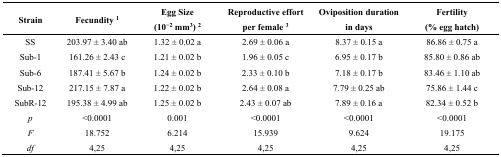
<table><thead><tr><td><b>Strain</b></td><td><b>Fecundity <sup>1</sup></b></td><td><b>Egg Size (10<sup>−2</sup> mm<sup>3</sup>) <sup>2</sup></b></td><td><b>Reproductive effort per female <sup>3</sup></b></td><td><b>Oviposition duration in days</b></td><td><b>Fertility (% egg hatch)</b></td></tr></thead><tbody><tr><td>SS</td><td>203.97 ± 3.40 ab</td><td>1.32 ± 0.02 a</td><td>2.69 ± 0.06 a</td><td>8.37 ± 0.15 a</td><td>86.86 ± 0.75 a</td></tr><tr><td>Sub-1</td><td>161.26 ± 2.43 c</td><td>1.21 ± 0.02 b</td><td>1.96 ± 0.05 c</td><td>6.95 ± 0.17 b</td><td>85.80 ± 0.86 ab</td></tr><tr><td>Sub-6</td><td>187.41 ± 5.67 b</td><td>1.24 ± 0.02 b</td><td>2.33 ± 0.10 b</td><td>7.18 ± 0.17 b</td><td>83.46 ± 1.10 ab</td></tr><tr><td>Sub-12</td><td>217.15 ± 7.87 a</td><td>1.22 ± 0.02 b</td><td>2.64 ± 0.08 a</td><td>7.79 ± 0.25 ab</td><td>75.86 ± 1.44 c</td></tr><tr><td>SubR-12</td><td>195.38 ± 4.99 ab</td><td>1.25 ± 0.02 b</td><td>2.43 ± 0.07 ab</td><td>7.89 ± 0.16 a</td><td>82.34 ± 0.52 b</td></tr><tr><td><i>p</i></td><td>&lt;0.0001</td><td>0.001</td><td>&lt;0.0001</td><td>&lt;0.0001</td><td>&lt;0.0001</td></tr><tr><td><i>F</i></td><td>18.752</td><td>6.214</td><td>15.939</td><td>9.624</td><td>19.175</td></tr><tr><td><i>df</i></td><td>4,25</td><td>4,25</td><td>4,25</td><td>4,25</td><td>4,25</td></tr></tbody></table>